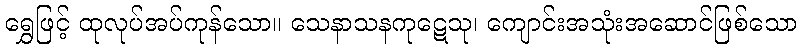
ရွှေဖြင့် ထုလုပ်အပ်ကုန်သော။ သေနာသနကုဋေသု၊ ကျောင်းအသုံးအဆောင်ဖြစ်သော